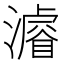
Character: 𤀹